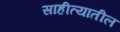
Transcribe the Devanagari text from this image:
साहीत्यातील